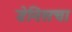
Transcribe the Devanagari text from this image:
डेनिसचा